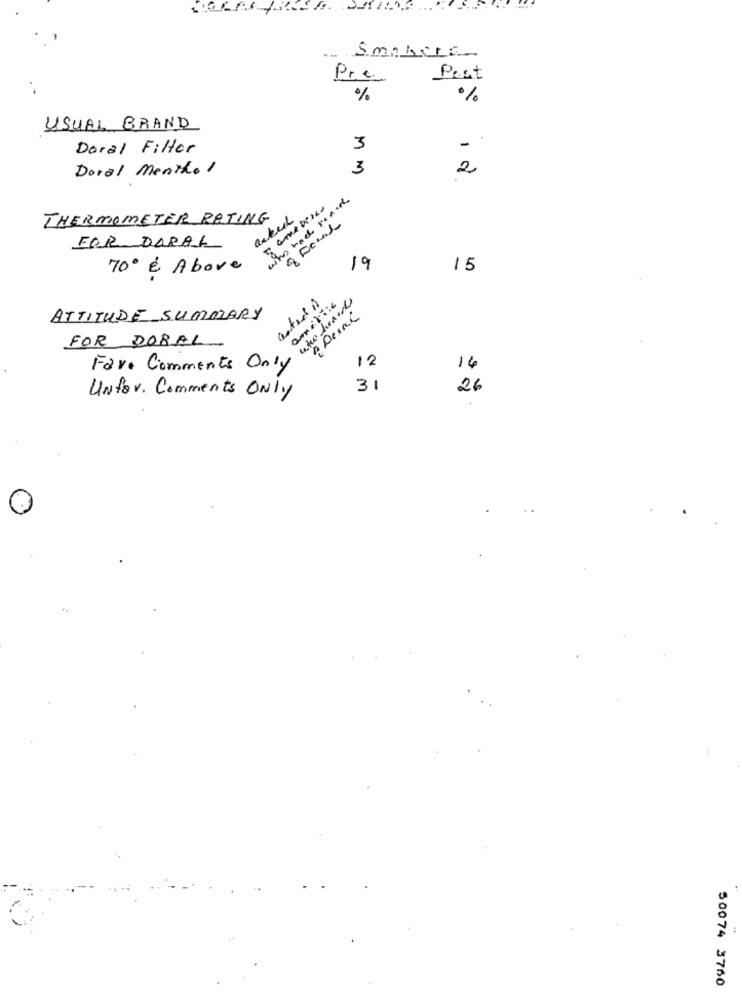
Smakers-
Pre
Pest
%
%
USUAL BRAND
Doral Filter
3
-
Doral Menthol
3
2
THERMOMETER RATING
acked
FOR DORAL
70 & Above
19
15
who heads
ATTITUDE SUMMARY
FOR DORAL
12
Fare Comments Only
14
31
26
UNfor. Comments Only
50074 3760